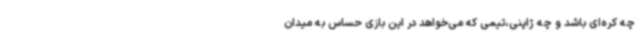
چه کره‌ای باشد و چه ژاپنی،تیمی که می‌خواهد در این بازی حساس به میدان